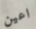
اعين